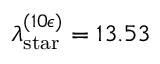
\lambda _ { \mathrm { s t a r } } ^ { ( 1 0 \epsilon ) } = 1 3 . 5 3